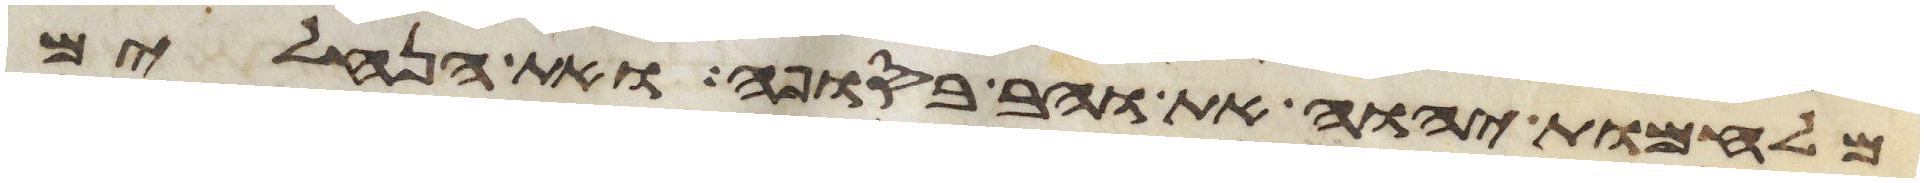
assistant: מלחמות יהוה את והב בסופה ואת הנחלים